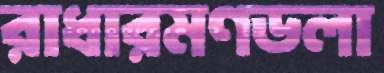
রাধারমণডলা